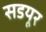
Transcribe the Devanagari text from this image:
सडयूर